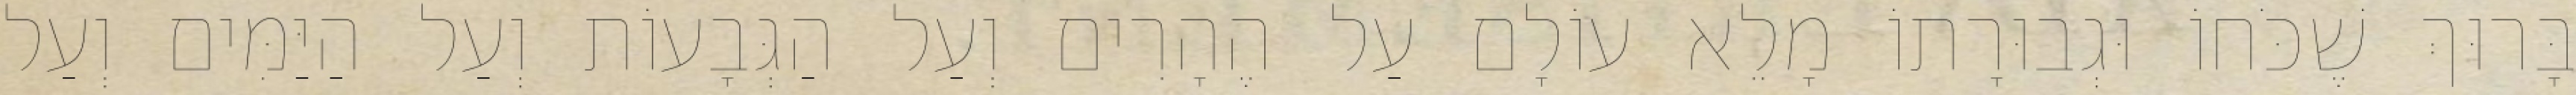
בָּרוּךְ שֶׁכֹּחוֹ וּגְבוּרָתוֹ מָלֵא עוֹלָם עַל הֶהָרִים וְעַל הַגְּבָעוֹת וְעַל הַיַּמִּים וְעַל